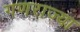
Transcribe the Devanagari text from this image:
गणराज्या